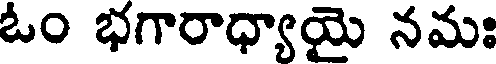
ఓం భగారాధ్యాయై నమః